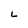
Character: L